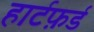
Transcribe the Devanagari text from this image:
हार्टफ़र्ड